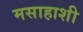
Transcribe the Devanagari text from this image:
मसाहाशी